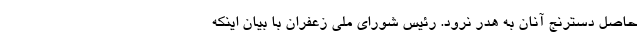
حاصل دسترنج آنان به هدر نرود. رئیس شورای ملی زعفران با بیان اینکه